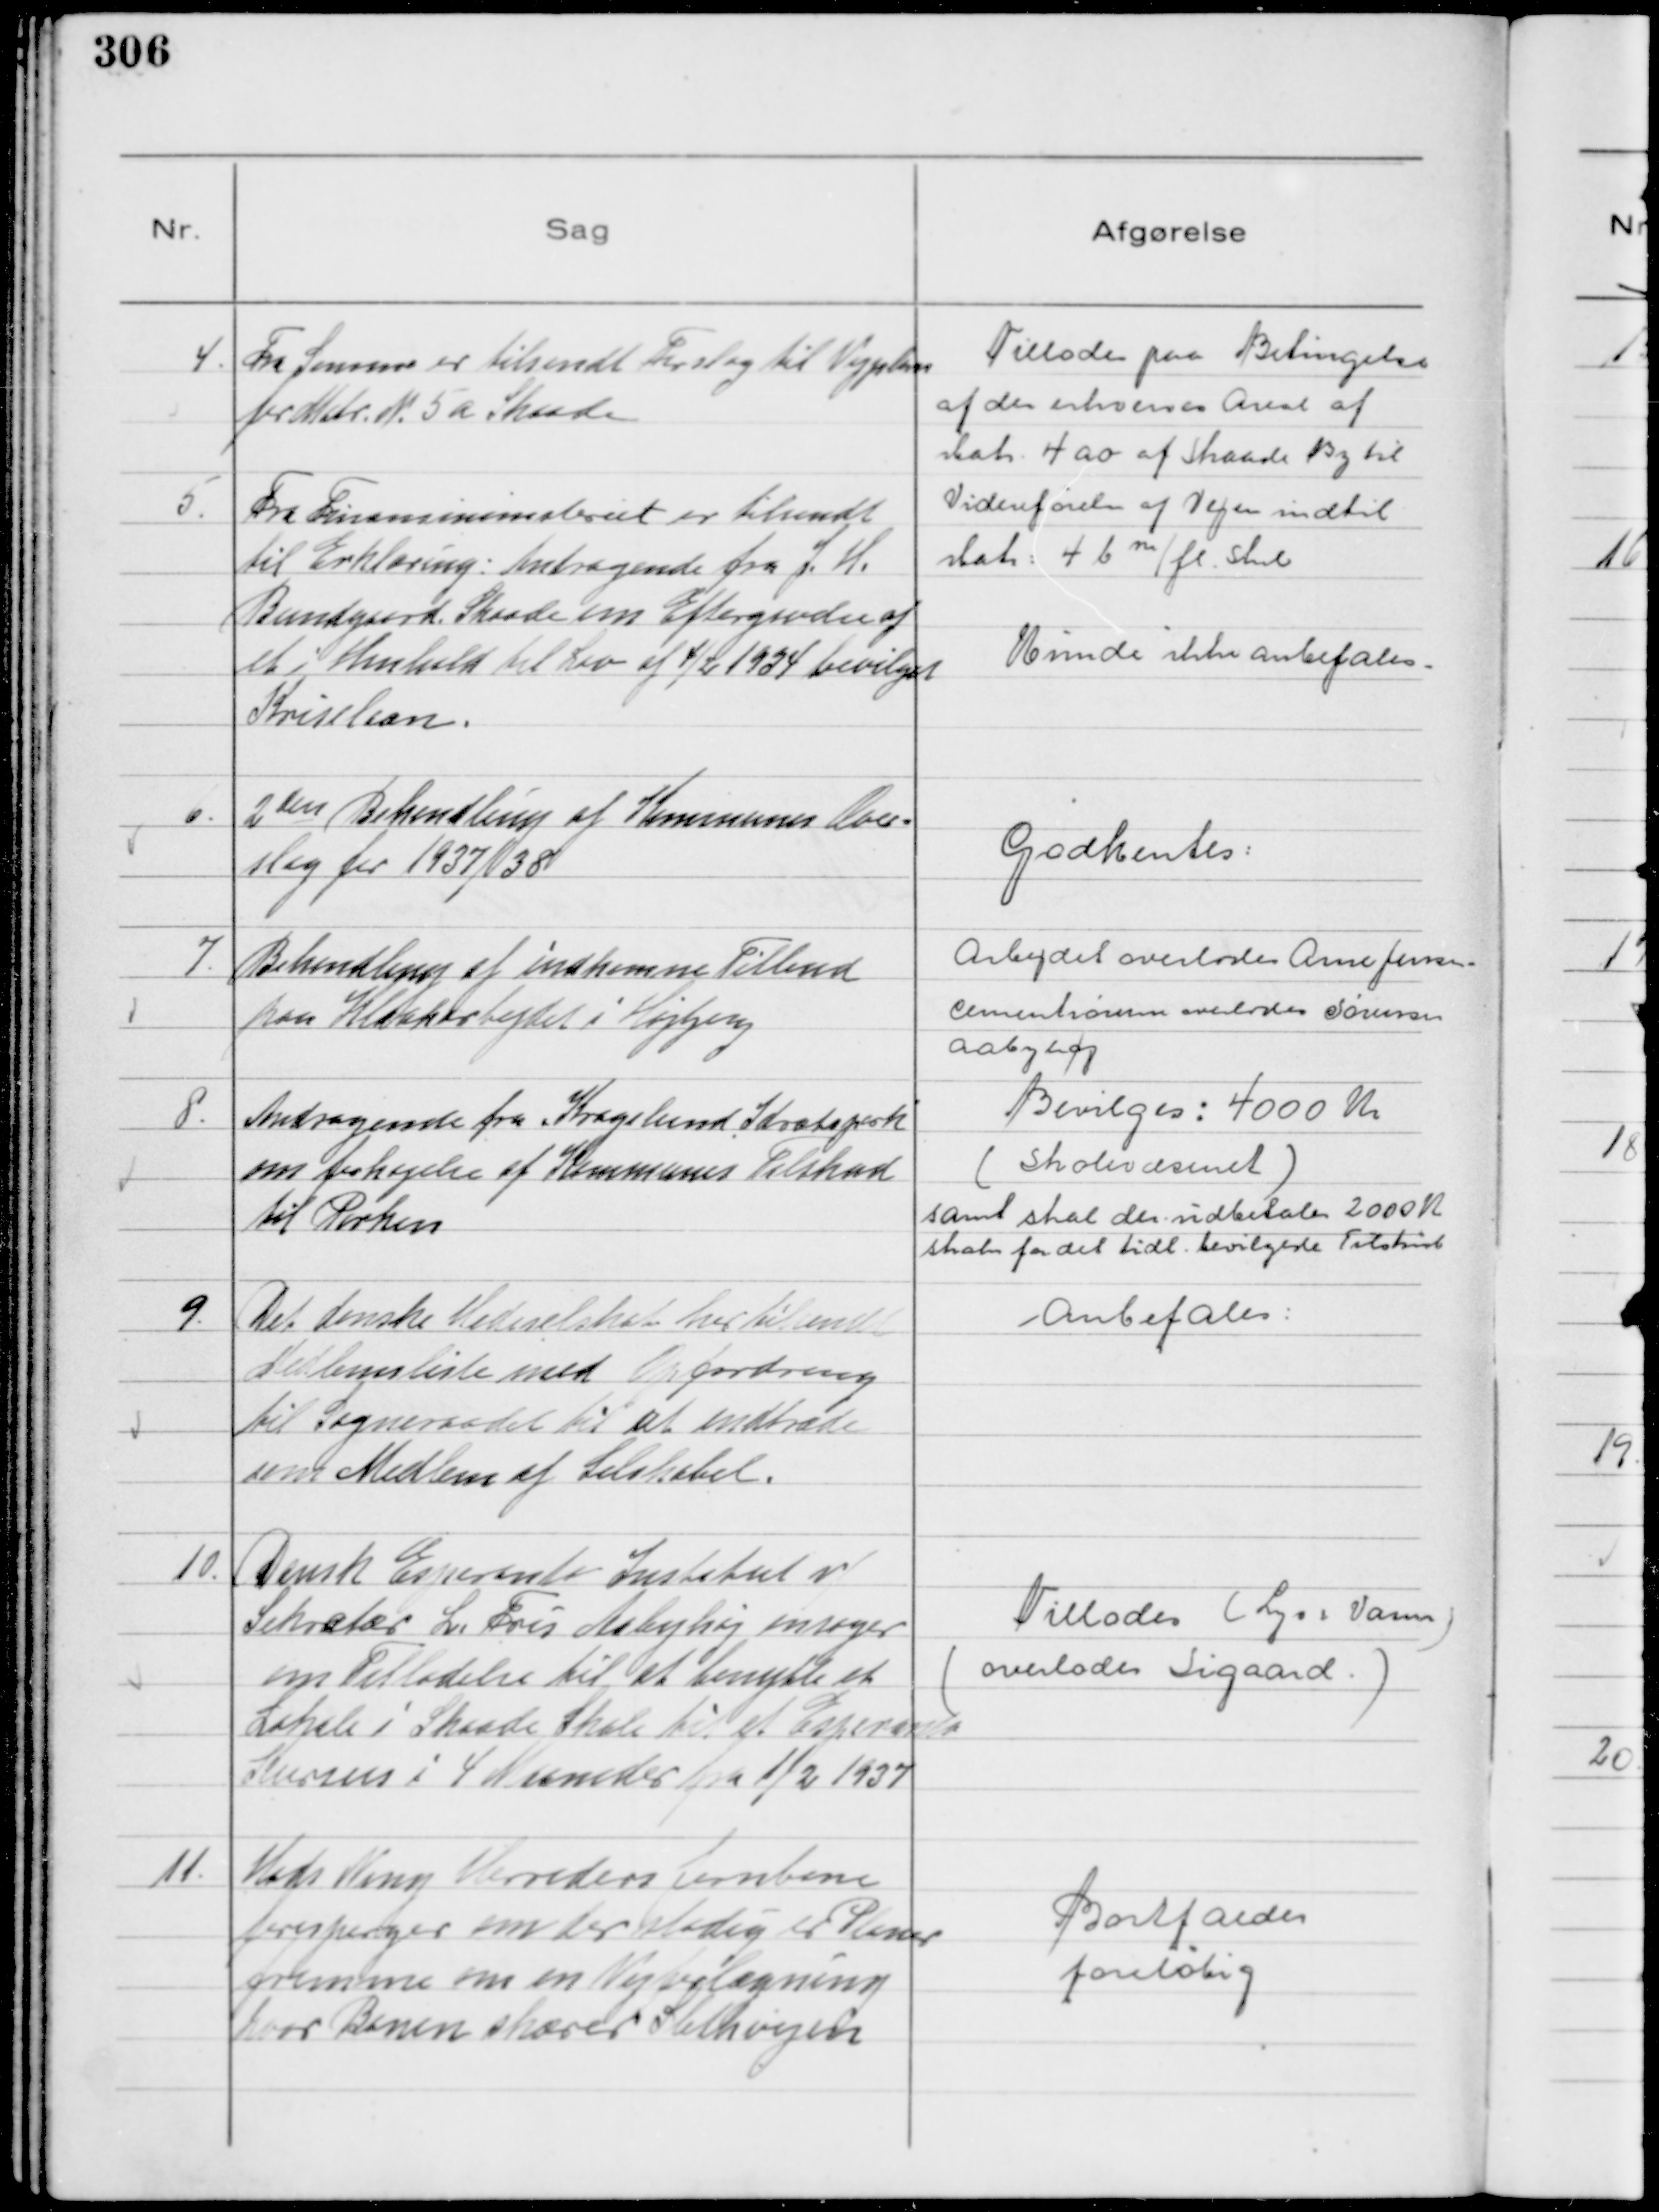
Transskription:
4.
Fra Samme er tilsendt Forslag til Vejplan
for Matr. N. 5 a Skaade

Tillades paa Betingelse
af der erhverves Areal af
Matr. 4 ao af Skaade By til
Videreførelse af Vejen indtil
Matr: 4 b
m
/fl. Stnd

5.
Fra Finansministeriet er tilsendt
til Erklæring: Andragende fra J. H.
Bundgaard. Skaade om Eftergivelse af
et i Henhold til Lov af 4/2 1934 bevilget
Kriselaan.

Kunde ikke anbefales.

6.
2 den Behandling af Kommunes Over=
slag 1937/38

Godkentes:

7.
Behandling af indkomne Tilbud
paa Kloakarbejdet i Højbjerg

Arbejdet overlodes Arne Jensen.
cementrørerne overlodes Sørensen
aabyhøj

8.
Andragende fra Kragelund Idrætspark
om forhøjelse af Kommunes Tilskud
til Parken

Bevilges: 4000 Kr
( Skolevæsenet )
samt skal der udbetales 2000 K
straks for det tidl. bevilgede Tilskud

9.
Det danske Hedeselskab har tilsendt
Medlemsliste med Opfordring
til Sogneraadet til at indtræde
som Medlem af Selskabet.

Anbefales:

10.
Dansk Esperanto Institut v/
Sekrætær L. Fris Aabyhøj ansøger
om Tilladelse til at benytte et
Lokale i Skaade Skole til et Esperanto
Kursus i 4 Maaneder fra 1/2 1937

Tillades ( Lys & Varm )
(overlodes Sigaard )

11.
Hads Ning Herreders Jernbane
forespørger om der stadig er Planer
fremme om en Vejbelægning
hvor Banen skærer Slethvejen

Bortfalder
foreløbig